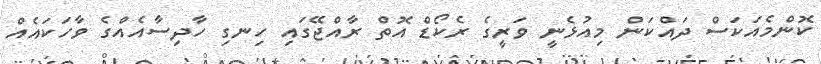
ކޮންމެއަކަސް ދައްކަން މިއުޅެނީ ވަރީގެ ރެކޯޑް އޮތް ރާއްޖޭގައި ހިނގި ހާދިސާއެއްގެ ވާހަކައެއް